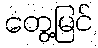
တွေ့မြင်